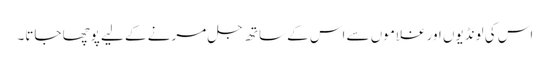
اس کی لونڈیوں اور غلاموں سے اس کے ساتھ جل مرنے کے لیے پوچھا جاتا۔